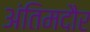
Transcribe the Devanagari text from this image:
अंतिमदौर